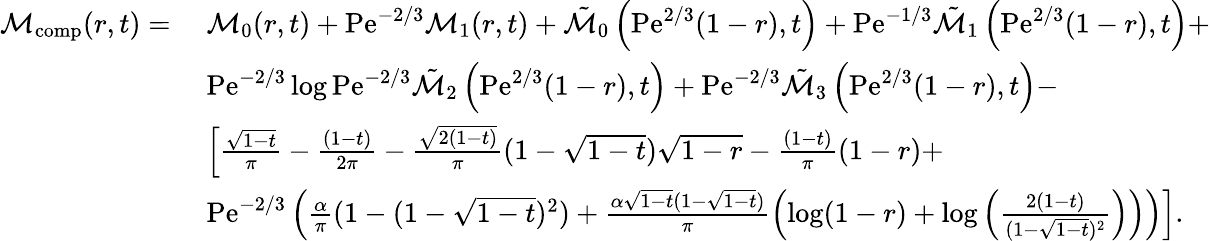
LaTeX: \begin{array}{rl}{\mathcal{M}_{\mathrm{comp}}(r,t)=}&{\; \mathcal{M}_{0}(r,t)+\mathrm{Pe}^{-2/3}\mathcal{M}_{1}(r,t)+\tilde{\mathcal{M}}_{0}\left(\mathrm{Pe}^{2/3}(1-r),t\right)+\mathrm{Pe}^{-1/3}\tilde{\mathcal{M}}_{1}\left(\mathrm{Pe}^{2/3}(1-r),t\right)+}\\ &{\; \mathrm{Pe}^{-2/3}\log\mathrm{Pe}^{-2/3}\tilde{\mathcal{M}}_{2}\left(\mathrm{Pe}^{2/3}(1-r),t\right)+\mathrm{Pe}^{-2/3}\tilde{\mathcal{M}}_{3}\left(\mathrm{Pe}^{2/3}(1-r),t\right)-}\\ &{\; \left[\frac{\sqrt{1-t}}{\pi}-\frac{(1-t)}{2\pi}-\frac{\sqrt{2(1-t)}}{\pi}(1-\sqrt{1-t})\sqrt{1-r}-\frac{(1-t)}{\pi}(1-r)+\right.}\\ &{\; \left.\mathrm{Pe}^{-2/3}\left(\frac{\alpha}{\pi}(1-(1-\sqrt{1-t})^{2})+\frac{\alpha\sqrt{1-t}(1-\sqrt{1-t})}{\pi}\left(\log(1-r)+\log\left(\frac{2(1-t)}{(1-\sqrt{1-t})^{2}}\right)\right)\right)\right].}\end{array}